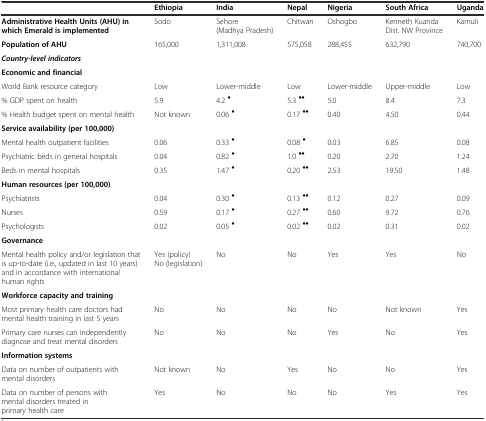
<table><thead><tr><td></td><td><b>Ethiopia</b></td><td><b>India</b></td><td><b>Nepal</b></td><td><b>Nigeria</b></td><td><b>South Africa</b></td><td><b>Uganda</b></td></tr></thead><tbody><tr><td><b>Administrative Health Units (AHU) in which Emerald is implemented</b></td><td>Sodo</td><td>Sehore (Madhya Pradesh)</td><td>Chitwan</td><td>Oshogbo</td><td>Kenneth Kuanda Dist. NW Province</td><td>Kamuli</td></tr><tr><td><b>Population of AHU</b></td><td>165,000</td><td>1,311,008</td><td>575,058</td><td>288,455</td><td>632,790</td><td>740,700</td></tr><tr><td><b><i>Country-level indicators</i></b></td><td></td><td></td><td></td><td></td><td></td><td></td></tr><tr><td><b>Economic and financial</b></td><td></td><td></td><td></td><td></td><td></td><td></td></tr><tr><td>World Bank resource category</td><td>Low</td><td>Lower-middle</td><td>Low</td><td>Lower-middle</td><td>Upper-middle</td><td>Low</td></tr><tr><td>% GDP spent on health</td><td>5.9</td><td>4.2 <sup>♦</sup></td><td>5.3 <sup>♦♦</sup></td><td>5.0</td><td>8.4</td><td>7.3</td></tr><tr><td>% Health budget spent on mental health</td><td>Not known</td><td>0.06 <sup>♦</sup></td><td>0.17 <sup>♦♦</sup></td><td>0.40</td><td>4.50</td><td>0.44</td></tr><tr><td><b>Service availability (per 100,000)</b></td><td></td><td></td><td></td><td></td><td></td><td></td></tr><tr><td>Mental health outpatient facilities</td><td>0.06</td><td>0.33 <sup>♦</sup></td><td>0.08 <sup>♦</sup></td><td>0.03</td><td>6.85</td><td>0.08</td></tr><tr><td>Psychiatric beds in general hospitals</td><td>0.04</td><td>0.82 <sup>♦</sup></td><td>1.0 <sup>♦♦</sup></td><td>0.20</td><td>2.70</td><td>1.24</td></tr><tr><td>Beds in mental hospitals</td><td>0.35</td><td>1.47 <sup>♦</sup></td><td>0.20 <sup>♦♦</sup></td><td>2.53</td><td>19.50</td><td>1.48</td></tr><tr><td><b>Human resources (per 100,000)</b></td><td></td><td></td><td></td><td></td><td></td><td></td></tr><tr><td>Psychiatrists</td><td>0.04</td><td>0.30 <sup>♦</sup></td><td>0.13 <sup>♦♦</sup></td><td>0.12</td><td>0.27</td><td>0.09</td></tr><tr><td>Nurses</td><td>0.59</td><td>0.17 <sup>♦</sup></td><td>0.27 <sup>♦♦</sup></td><td>0.60</td><td>9.72</td><td>0.76</td></tr><tr><td>Psychologists</td><td>0.02</td><td>0.05 <sup>♦</sup></td><td>0.02 <sup>♦♦</sup></td><td>0.02</td><td>0.31</td><td>0.02</td></tr><tr><td><b>Governance</b></td><td></td><td></td><td></td><td></td><td></td><td></td></tr><tr><td>Mental health policy and/or legislation that is up-to-date (i.e., updated in last 10 years) and in accordance with international human rights</td><td>Yes (policy) No (legislation)</td><td>No</td><td>No</td><td>Yes</td><td>Yes</td><td>No</td></tr><tr><td><b>Workforce capacity and training</b></td><td></td><td></td><td></td><td></td><td></td><td></td></tr><tr><td>Most primary health care doctors had mental health training in last 5 years</td><td>No</td><td>No</td><td>No</td><td>No</td><td>Not known</td><td>Yes</td></tr><tr><td>Primary care nurses can independently diagnose and treat mental disorders</td><td>No</td><td>No</td><td>No</td><td>Yes</td><td>No</td><td>Yes</td></tr><tr><td><b>Information systems</b></td><td></td><td></td><td></td><td></td><td></td><td></td></tr><tr><td>Data on number of outpatients with mental disorders</td><td>Not known</td><td>No</td><td>Yes</td><td>No</td><td>No</td><td>Yes</td></tr><tr><td>Data on number of persons with mental disorders treated in primary health care</td><td>Yes</td><td>No</td><td>No</td><td>No</td><td>Yes</td><td>Yes</td></tr></tbody></table>